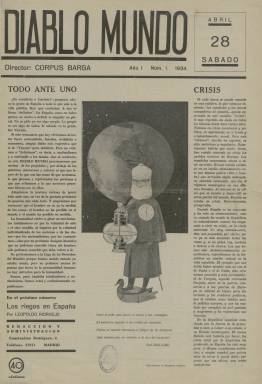
Título: Diablo mundo
Colección: Revistas de información general
Ámbito geográfico: Madrid
Lugar de publicación: Madrid
Fechas: 28/04/1934-23/06/1934

Semanario dirigido por el periodista y escritor Corpus Barga (1887-1975), en cuya empresa editora interviene junto al arquitecto Arturo Soria Espinosa (1907-1908), y en el que se dan cita un nutrido grupo orteguiano de una gran calidad literaria e intelectual. Sólo editó nueve números y lo hizo en un momento en el que el gobierno de la República estaba en manos de la derecha cedista, por lo que sus últimos números estuvieron bajo la censura previa.

La publicación se declaró “total y exclusivamente” republicana, regida por un espíritu laico y europeísta y con un carácter templado. Sin agotar la nómina de sus colaboradores, entre ellos estuvieron Leopoldo Ridruejo (1888-1983), José Bergamín (1895-1983), Eugenio Ímaz (1900-1951), Antonio Marichalar (1893-1973), Pablo Hernández Coronado (1897-1997), José María Quiroga Plá (1902-1955), Antonio Espina (1894-1972), Eduardo Ugarte (1900-1955), Gustavo Pittaluga (1876-1956), Luis G. de Valdellano, Guillermo de Torre (1900-1971), Lino Novas Calvo (1905-1983), Benjamín Jarnés (1888-1949), José F. Montesinos (1897-1972), Ramón Gómez de la Serna (1888-1963), Edgar Neville (1899-1967), Américo Castro (1885-1972), Dámaso Alonso (1898-1990), Antonio de Obregón (1910-1985), Rafael Alberti (1902-1999) y Alejandro Casona (1903-1965). Desde Londres colaboró Felipe Fernández Armesto (1905-2002), conocido con el seudónimo Augusto Assia.

Fue un semanario que salió los sábados, como un híbrido entre el suplemento cultural y la revista de actualidad política y de información general, y de tan sólo doce páginas. Junto a la información y los artículos sobre la política nacional del momento de marcado carácter anticedista, y de política internacional, críticos de los regímenes totalitarios como el nazi alemán, dedicó sus páginas a temas de economía, reforma agraria, urbanismo, arquitectura, movimiento obrero, turismo, ciencia, educación, literatura, teatro, cine, radio, música e, incluso, deportes. Dio a sus textos, acompañados a veces de estadísticas, un formato documental. También realizó algunas entrevistas, como la realizada a Ramón Menéndez Pidal (1869-1968). Benjamín Palencia (1894-1980) fue su confeccionador y autor de los collages fotográficos que en ella se publicaron.

Este semanario ha sido estudiado por el hispanista galés Nigel Dennis, quien publicó una antología en 1983.